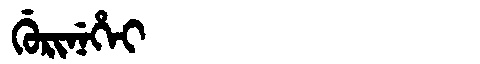
Manchu: ᡤᡠᡵᡳᠨᡝᡥᡝᡳ
Romanization: GURINEHEI